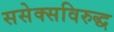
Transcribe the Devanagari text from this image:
ससेक्सविरुद्ध